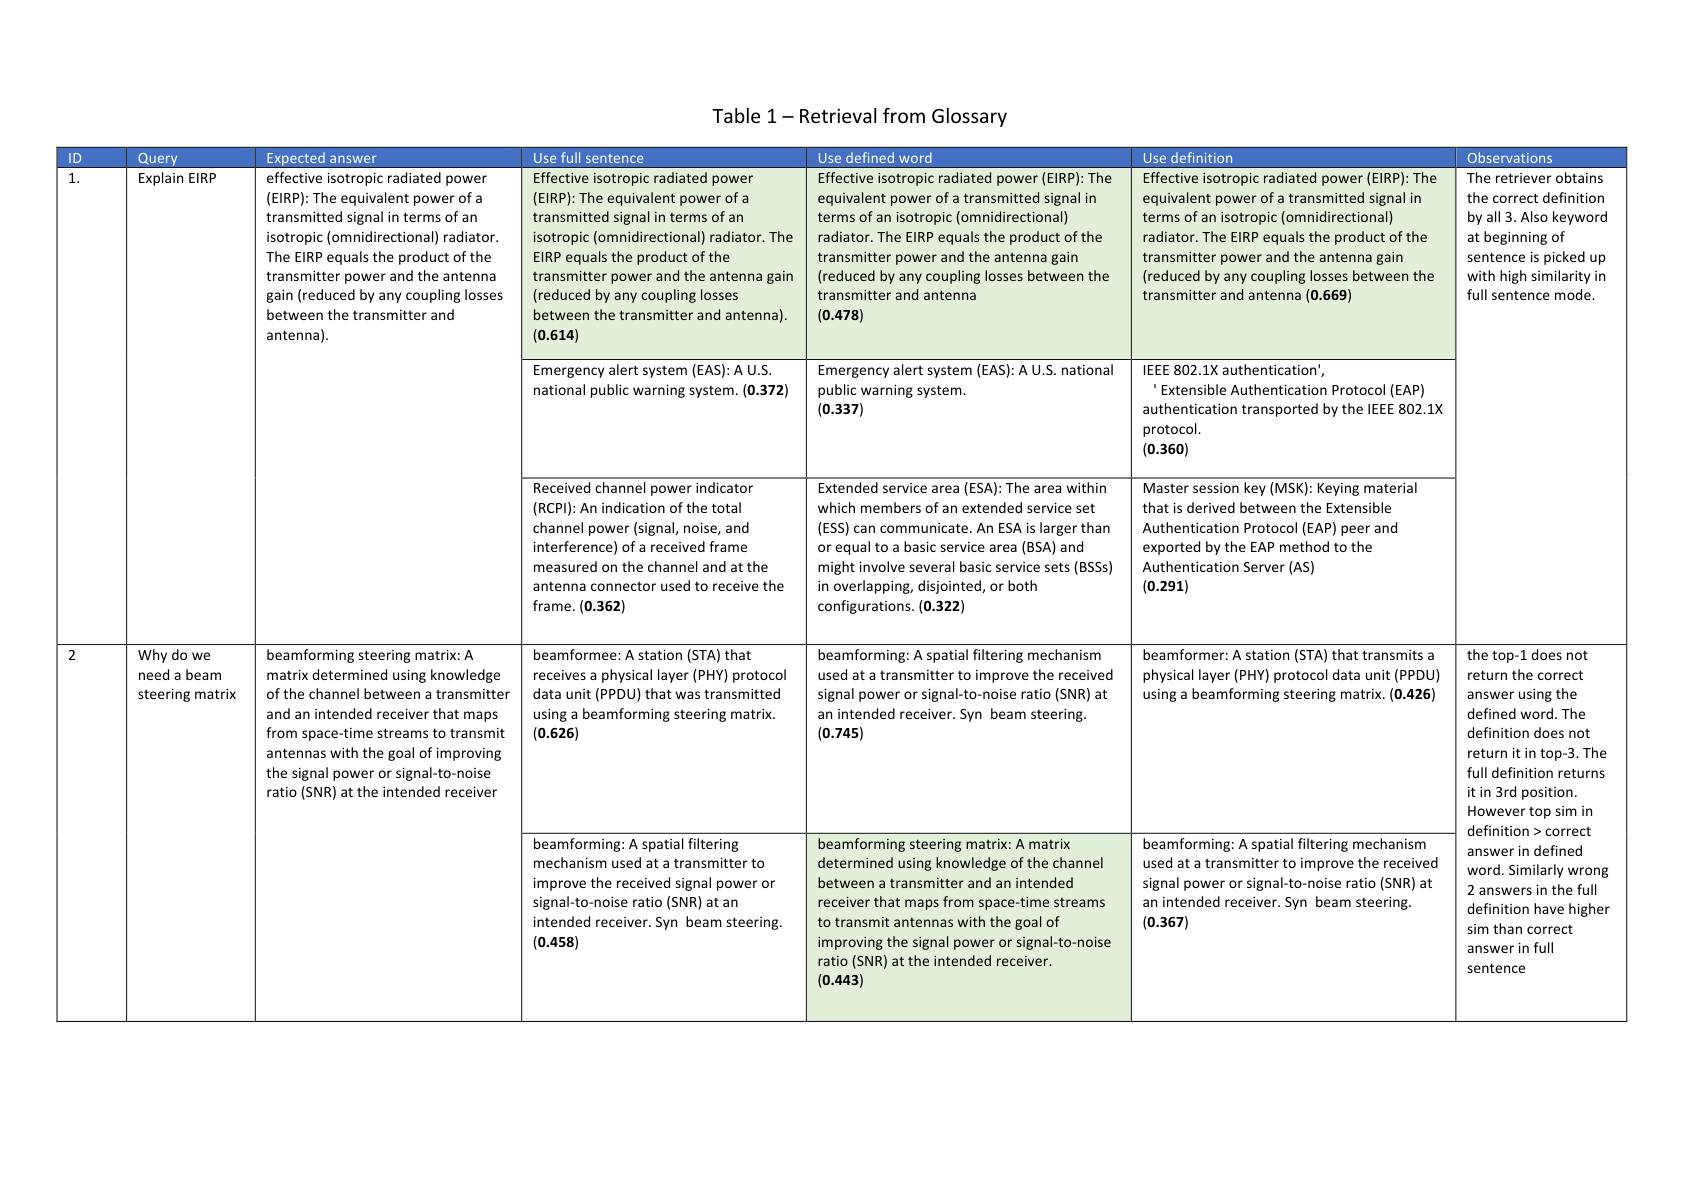
Table 1-Retrieval from Glossary

<table>
	<tbody>
		<tr>
			<th>ID</th>
			<th>Query</th>
			<th>-xnprter answer</th>
			<th>Useful sentence</th>
			<th>Use defined word</th>
			<th>Use definition</th>
			<th>Observations</th>
		</tr>
		<tr>
			<td rowspan="3">1.</td>
			<td rowspan="2">Explain EIRP</td>
			<td rowspan="2">effective isotropic radiated power $(\mathsf{EIRP}):\mathsf{The~equivalent~power~of~a}$ transmitted signal in terms of an isotropic(omnidirectional) radiator. The EIRP equals the product of the transmitter power and the antenna gain (reduced by any coupling losses between the transmitter and antenna).</td>
			<td>Effective isotropic radiated power $(EIRP):The$ equivalent power of a transmitted signal in terms of an isotropic(omnidirectional) radiator. The EIRP equals the product of the transmitter power and the antenna gain (reduced by any coupling losses between the transmitter and antenna). (0.614)</td>
			<td>Effective isotropic radiated power(EIRP): The equivalent power of a transmitted signal in terms of an isotropic(omnidirectional) radiator. The EIRP equals the product of the transmitter power and the antenna gain (reduced by any coupling losses between the transmitter and antenna (0.478)</td>
			<td>Effective isotropic radiated power(EIRP): The equivalent power of a transmitted signal in terms of an isotropic(omnidirectional) radiator. The EIRP equals the product of the transmitter power and the antenna gain (reduced by any coupling losses between the transmitter and antenna (0.669)</td>
			<td>The retriever obtains the correct definition by all 3. Also keyword at beginning of sentence is picked up with high similarity in full sentence mode.</td>
		</tr>
		<tr>
			<td>Emergency alert system (EAS): A U.S national public warning system.(0.372)</td>
			<td>Emergency alert system (EAS): A U.S. national public warning system. (0.337)</td>
			<td>IEEE 802.1X authentication', 'Extensible Authentication Protocol (EAP) authentication transported by the IEEE 802.1X protocol. (0.360)</td>
			<td rowspan="2">The retriever obtains the correct definition by all 3. Also keyword at beginning of sentence is picked up with high similarity in full sentence mode.</td>
		</tr>
		<tr>
			<td> </td>
			<td> </td>
			<td>Received channel power indicator $(\mathsf{RCPI})\colon\mathsf{An~indication~of~the~total}$ channel power (signal, noise, and interference) of a received frame measured on the channel and at the antenna connector used to receive the frame.(0.362)</td>
			<td>Extended service area (ESA): The area within which members of an extended service set (ESS) can communicate. An ESA is larger than or equal to a basic service area ( BSA) and might involve several basic service sets (BSSs) in overlapping, disjointed, or both configurations.(0.322)</td>
			<td>Master session key (MSK): Keying material that is derived between the Extensible Authentication Protocol (EAP) peer and exported by the EAP method to the Authentication Server (AS) (0.291)</td>
		</tr>
		<tr>
			<td rowspan="2">2</td>
			<td>Why do we need a beam steering matrix</td>
			<td>beamforming steering matrix: A matrix determined using knowledge of the channel between a transmitter and an intended receiver that maps from space-time streams to transmit antennas with the goal of improving the signal power or signal-to-noise ratio (SNR) at the intended receiver</td>
			<td>beamformee: A station (STA) that receives a physical layer (PHY) protocol data unit (PPDU) that was transmitted using a beamforming steering matrix (0.626)</td>
			<td>beamforming: A spatial filtering mechanism used at a transmitter to improve the received signal power or signal-to-noise ratio (SNR) at an intended receiver.Syn beam steering. (0.745)</td>
			<td>beamformer: A station (STA) that transmits a physical layer (PHY) protocol data unit (PPDU) using a beamforming steering matrix. (0.426)</td>
			<td rowspan="2">the top-1 does not return the correct answer using the defined word. The definition does not return it in top-3. The full definition returns it in 3rd position. However top sim in definition>correct answer in defined word. Similarly wrong 2 answers in the full definition have higher sim than correct answer in full sentence</td>
		</tr>
		<tr>
			<td> </td>
			<td> </td>
			<td>beamforming: A spatial filtering mechanism used at a transmitter to improve the received signal power or signal-to-noise ratio (SNR) at an intended receiver. Syn beam steering. (0.458)</td>
			<td>beamforming steering matrix: A matrix determined using knowledge of the channel between a transmitter and an intended receiver that maps from space-time streams to transmit antennas with the goal of improving the signal power or signal-to-noise ratio(SNR) at the intended receiver. (0.443)</td>
			<td>beamforming: A spatial filtering mechanism used at a transmitter to improve the received signal power or signal-to-noise ratio (SNR) at an intended receiver. Syn beam steering. (0.367)</td>
		</tr>
	</tbody>
</table>